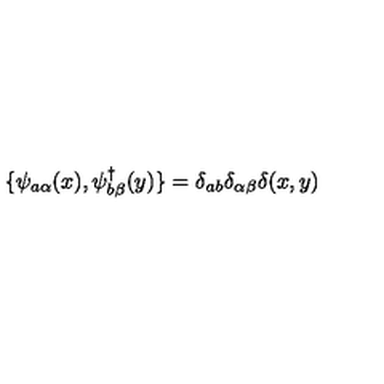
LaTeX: \{ \psi _ { a \alpha } ( x ) , \psi _ { b \beta } ^ { \dagger } ( y ) \} = \delta _ { a b } \delta _ { \alpha \beta } \delta ( x , y )